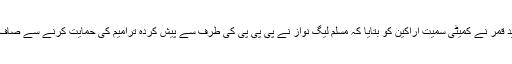
بلاول بھٹواور نوید قمر نے کمیٹی سمیت اراکین کو بتایا کہ مسلم لیگ نواز نے پی پی پی کی طرف سے پیش کردہ ترامیم کی حمایت کرنے سے صاف انکار کردیا ہے۔